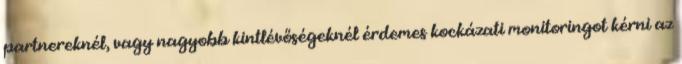
partnereknél, vagy nagyobb kintlévőségeknél érdemes kockázati monitoringot kérni az